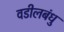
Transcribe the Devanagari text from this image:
वडीलबंधु